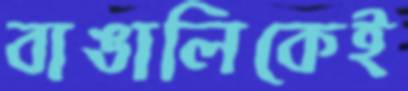
বাঙালিকেই